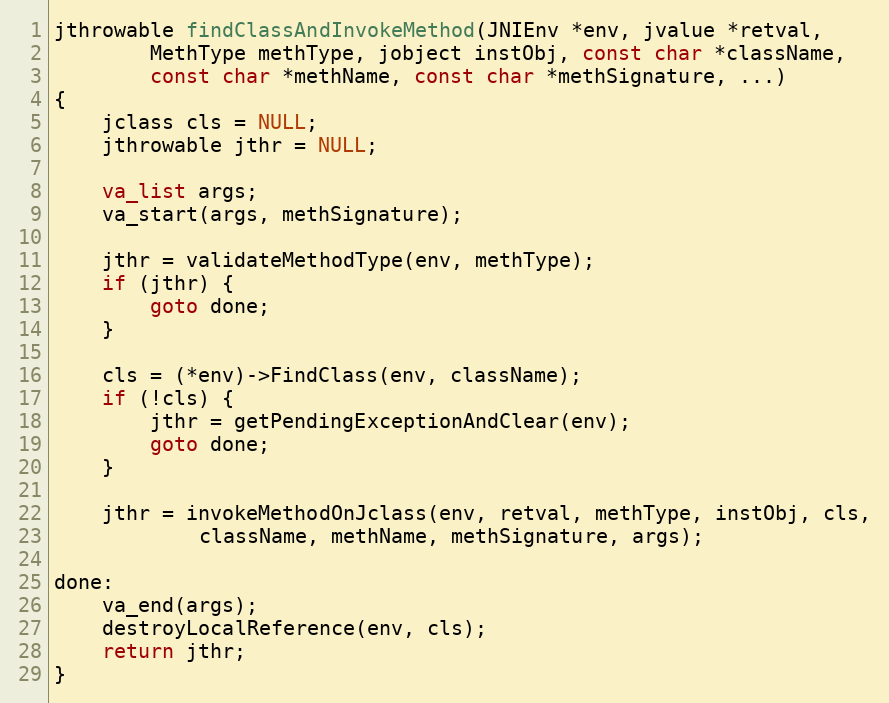
Language: C
jthrowable findClassAndInvokeMethod(JNIEnv *env, jvalue *retval,
        MethType methType, jobject instObj, const char *className,
        const char *methName, const char *methSignature, ...)
{
    jclass cls = NULL;
    jthrowable jthr = NULL;

    va_list args;
    va_start(args, methSignature);

    jthr = validateMethodType(env, methType);
    if (jthr) {
        goto done;
    }

    cls = (*env)->FindClass(env, className);
    if (!cls) {
        jthr = getPendingExceptionAndClear(env);
        goto done;
    }

    jthr = invokeMethodOnJclass(env, retval, methType, instObj, cls,
            className, methName, methSignature, args);

done:
    va_end(args);
    destroyLocalReference(env, cls);
    return jthr;
}